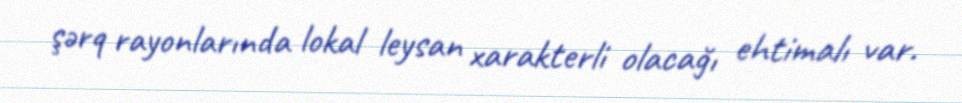
şərq rayonlarında lokal leysan xarakterli olacağı ehtimalı var.